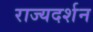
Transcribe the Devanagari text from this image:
राज्यदर्शन